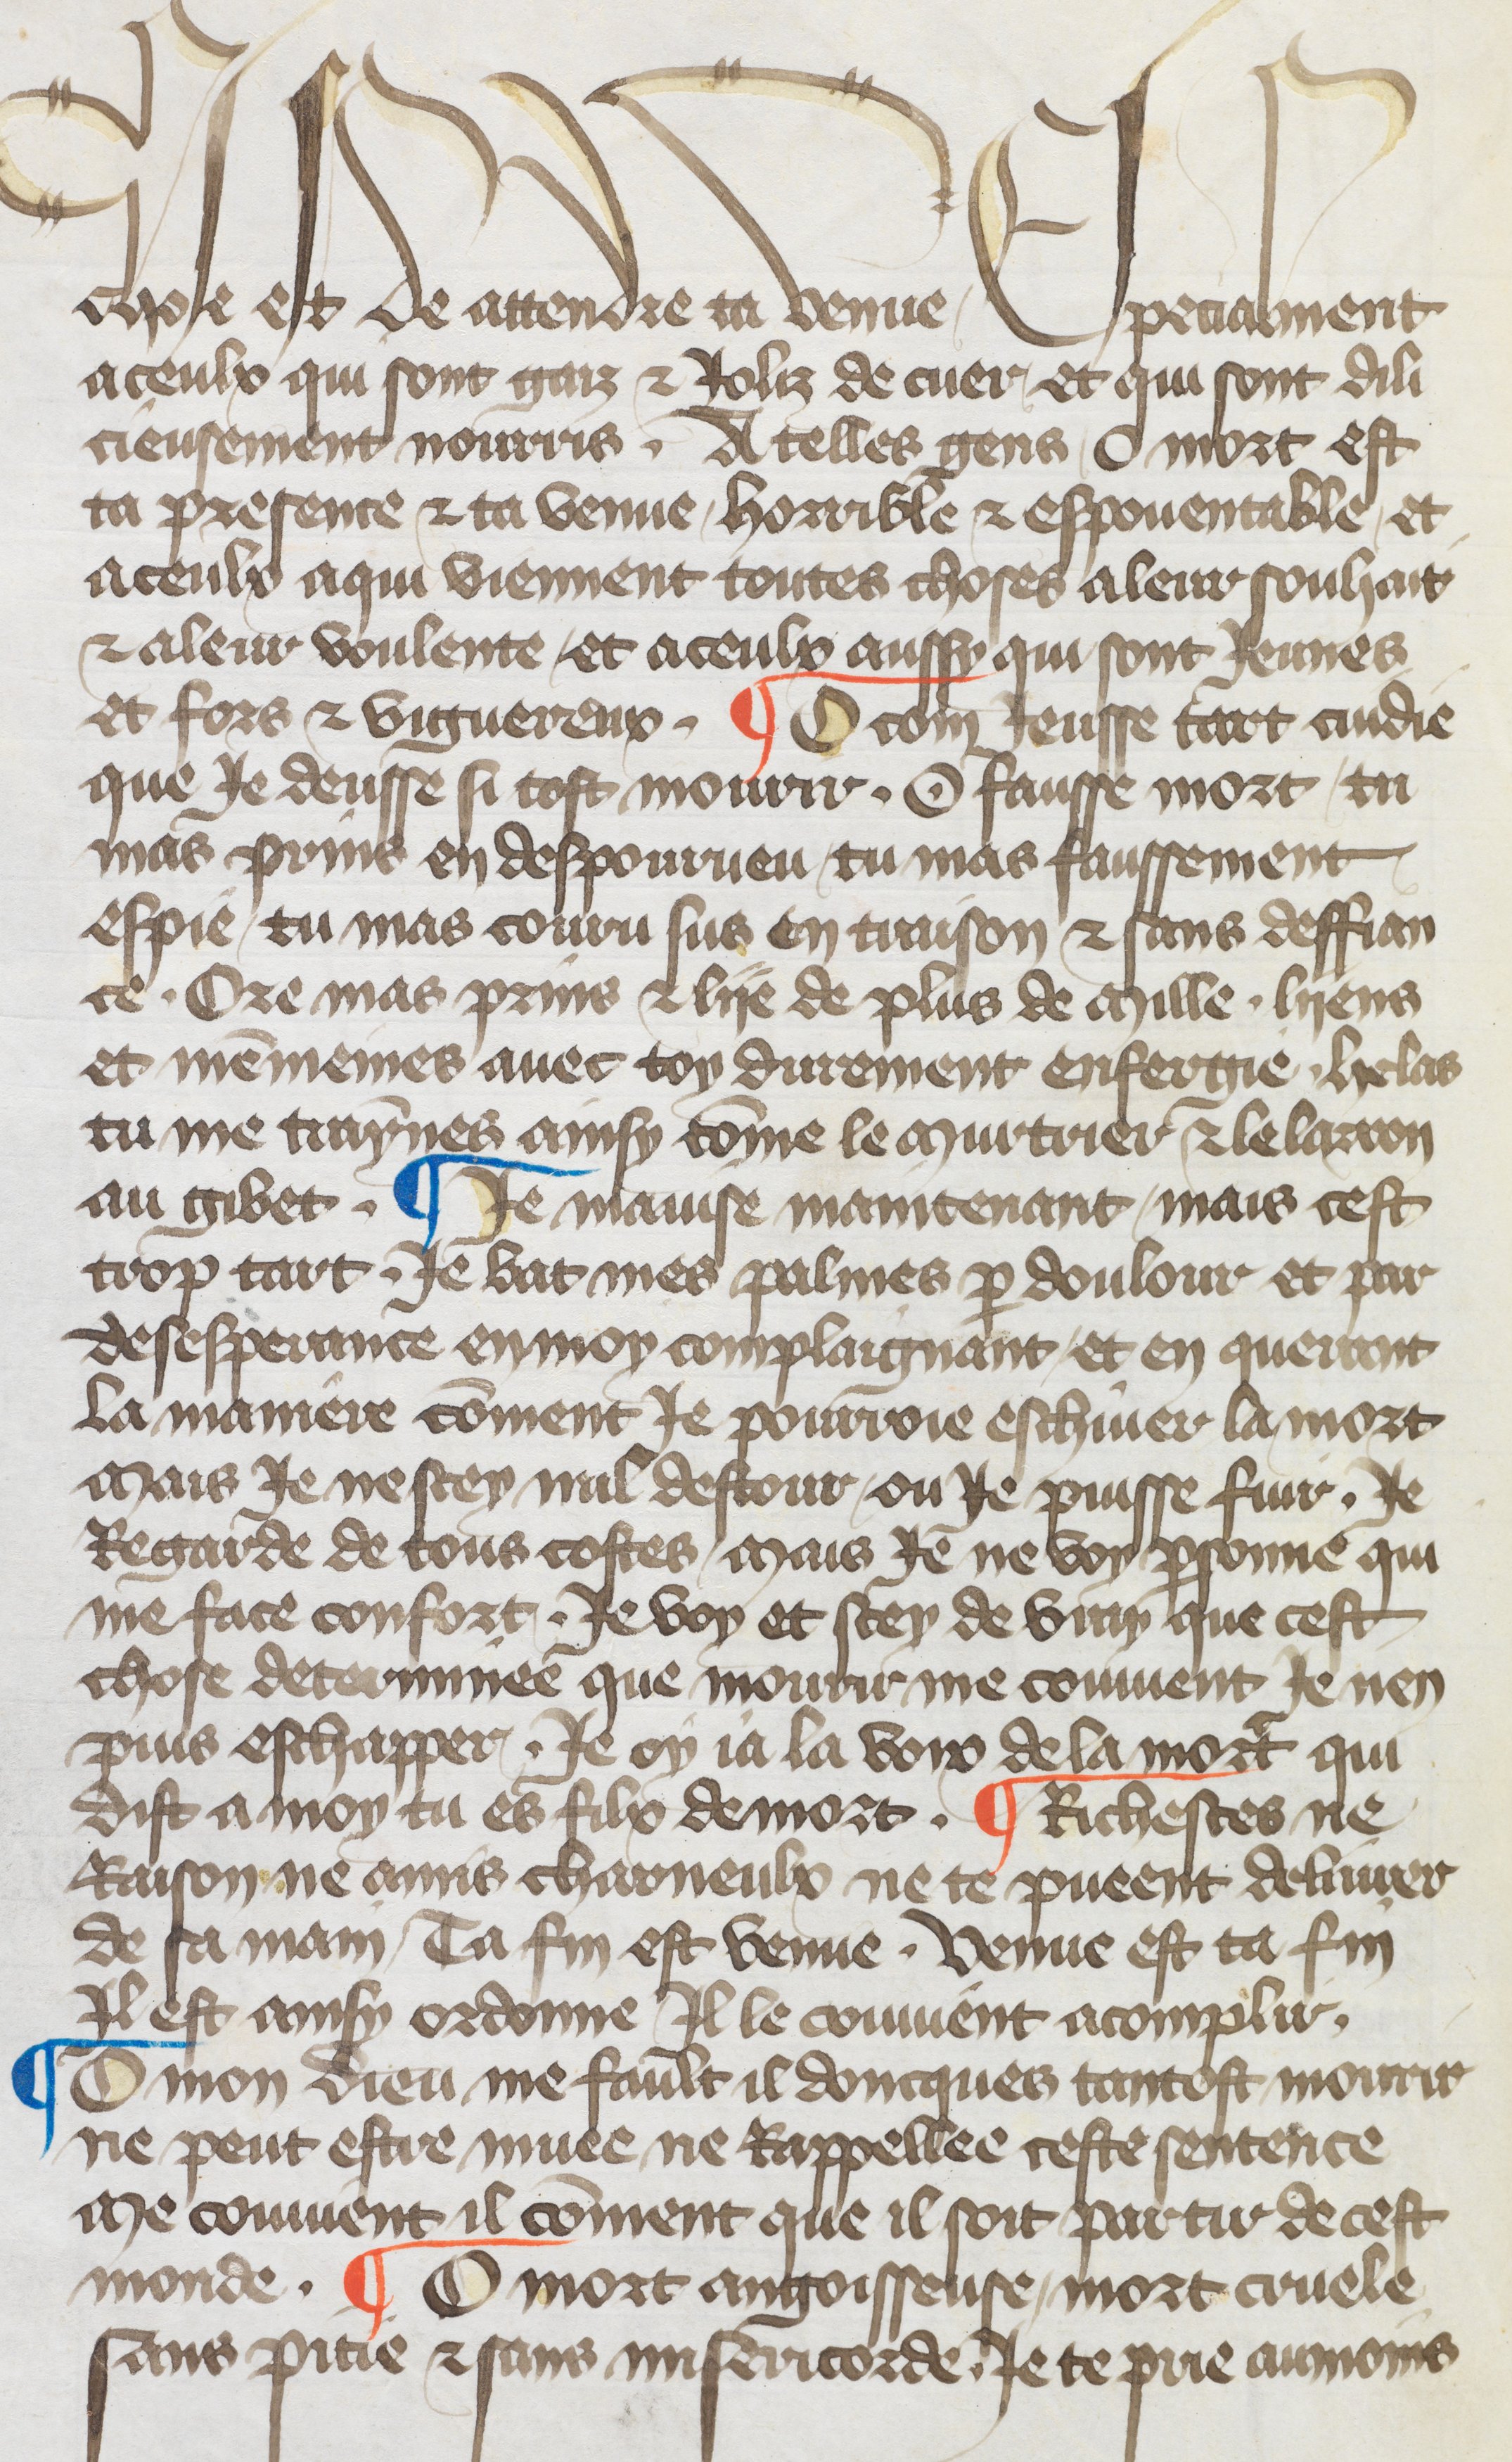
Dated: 1417–1417